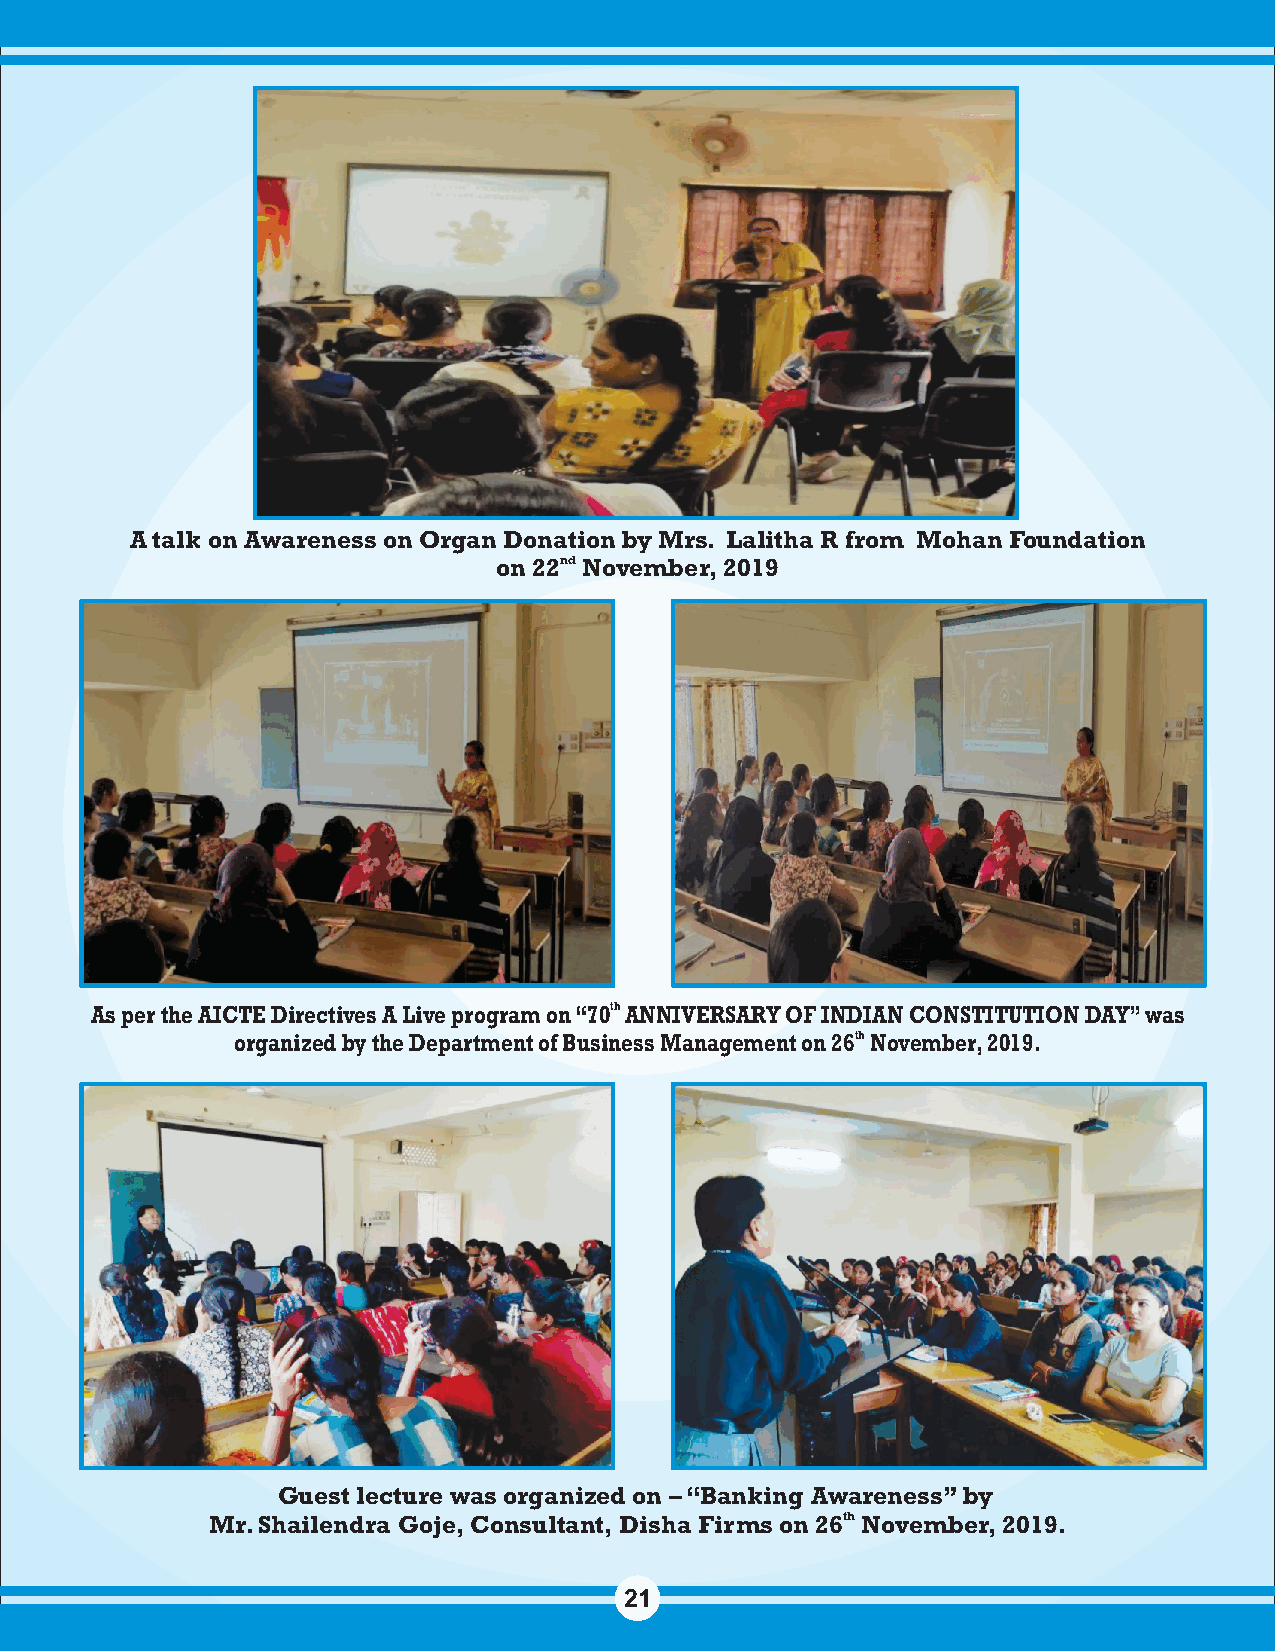
A talk on Awareness on Organ Donation by Mrs. Lalitha R from Mohan Foundation
 on 22nd November, 2019
 As per the AICTE Directives A Live program on “70th ANNIVERSARY OF INDIAN CONSTITUTION DAY” was
 organized by the Department of Business Management on 26th November, 2019.
 Guest lecture was organized on – “Banking Awareness” by
 Mr. Shailendra Goje, Consultant, Disha Firms on 26th November, 2019.
 21